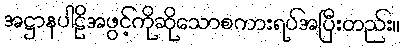
အဋ္ဌာနပါဠိအဖွင့်ကိုဆိုသောစကားရပ်အပြီးတည်း။